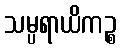
သမ္ပရာယိကဉ္စ